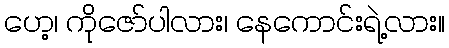
ဟေ့၊ ကိုဇော်ပါလား၊ နေကောင်းရဲ့လား။